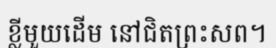
ខ្លីមួយដើម នៅជិតព្រះសព។